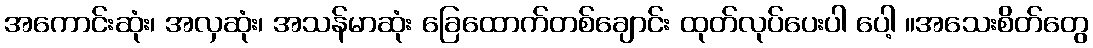
အကောင်းဆုံး၊ အလှဆုံး၊ အသန်မာဆုံး ခြေထောက်တစ်ချောင်း ထုတ်လုပ်ပေးပါ ပေါ့ ။အသေးစိတ်တွေ